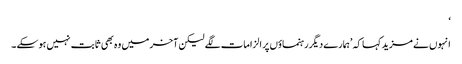
‘
انہوں نے مزید کہا کہ ’ہمارے دیگررہنماؤں پر الزامات لگے لیکن آخر میں وہ بھی ثابت نہیں ہوسکے ۔